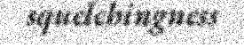
squelchingness